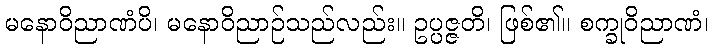
မနောဝိညာဏံပိ၊ မနောဝိညာဉ်သည်လည်း။ ဥပ္ပဇ္ဇတိ၊ ဖြစ်၏။ စက္ခုဝိညာဏံ၊